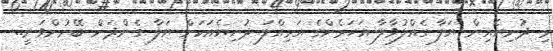
މި ދުނިޔެއިން ޔަލާ ގެއްލުވާލާ އަހަރެންގެ އަމިއްލަ ދުނިޔެއަކަށް ޔަލާ ގެންދަން ބޭނުންވަނީ..